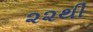
૨૨થી